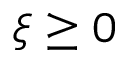
\xi \ge 0